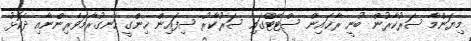
މިޔަންމާ ސަރުކާރުން ބުނީ ރާޚައިން ސްޓޭޓްގައި ސަރުކާރު ސިފައިން ހިންގީ ހަނގުރާމަވެރިންނާއި ދެކޮޅު